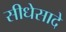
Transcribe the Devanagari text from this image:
सीधेसादे